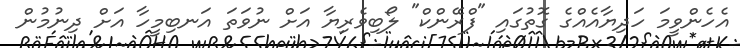
އެހެންވީމަ ހަދިޔާއެއްގެ ގޮތުގައި "ފްރޭންކް" ލޯބިވެރިޔާ އަށް ނުވަތަ އަނބިމީހާ އަށް ދިނުމުން